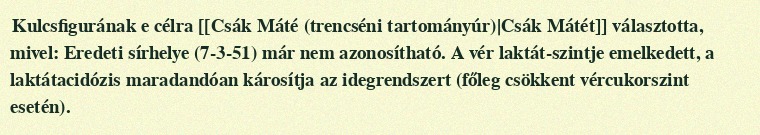
Kulcsfigurának e célra [[Csák Máté (trencséni tartományúr)|Csák Mátét]] választotta, mivel: Eredeti sírhelye (7-3-51) már nem azonosítható. A vér laktát-szintje emelkedett, a laktátacidózis maradandóan károsítja az idegrendszert (főleg csökkent vércukorszint esetén).